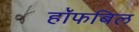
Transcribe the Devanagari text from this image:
हॉफबिल